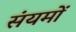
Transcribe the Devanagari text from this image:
संयमों